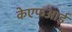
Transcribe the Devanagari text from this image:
केएफआई